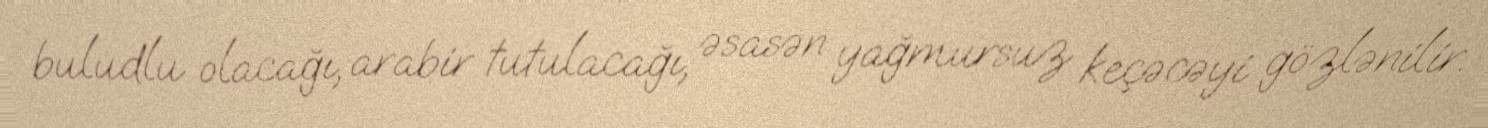
buludlu olacağı, arabir tutulacağı, əsasən yağmursuz keçəcəyi gözlənilir.